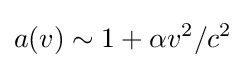
a(v)\sim 1+\alpha v^{2}/c^{2}